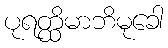
ပုရတ္ထိမာဘိမုခေါ